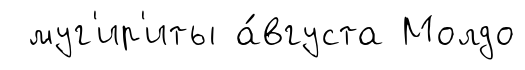
муг'ир'иты а́вгуста Молдо